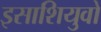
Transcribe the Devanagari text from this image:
इसाशियुवो